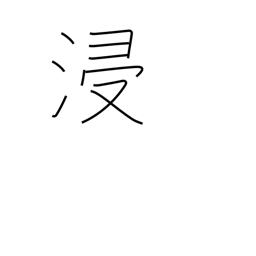
Meaning: soak